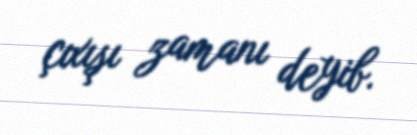
çıxışı zamanı deyib.